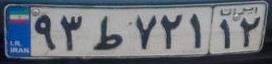
۹۳ط۷۲۱۱۲